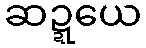
ဆဍ္ဍယေ